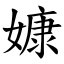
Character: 嫝